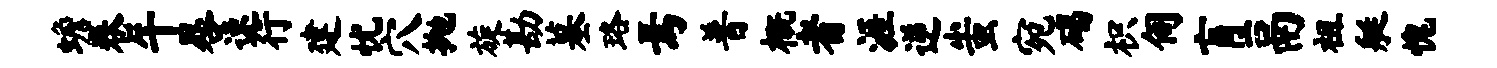
蟾卷午晷速行建忧穴抛旋勘墓珞焉普概者涯逆蚩宛碣枳伺肓鬲祖艇愧